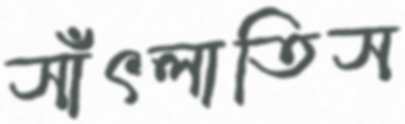
সাঁৎলাতিস